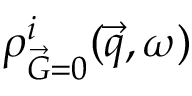
\rho _ { \vec { G } = 0 } ^ { i } ( \vec { q } , \omega )